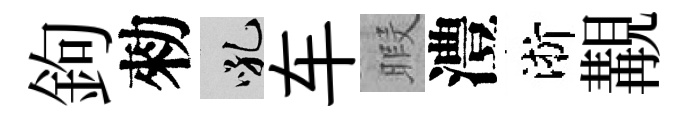
鉤勑吼车暇澧淅覯